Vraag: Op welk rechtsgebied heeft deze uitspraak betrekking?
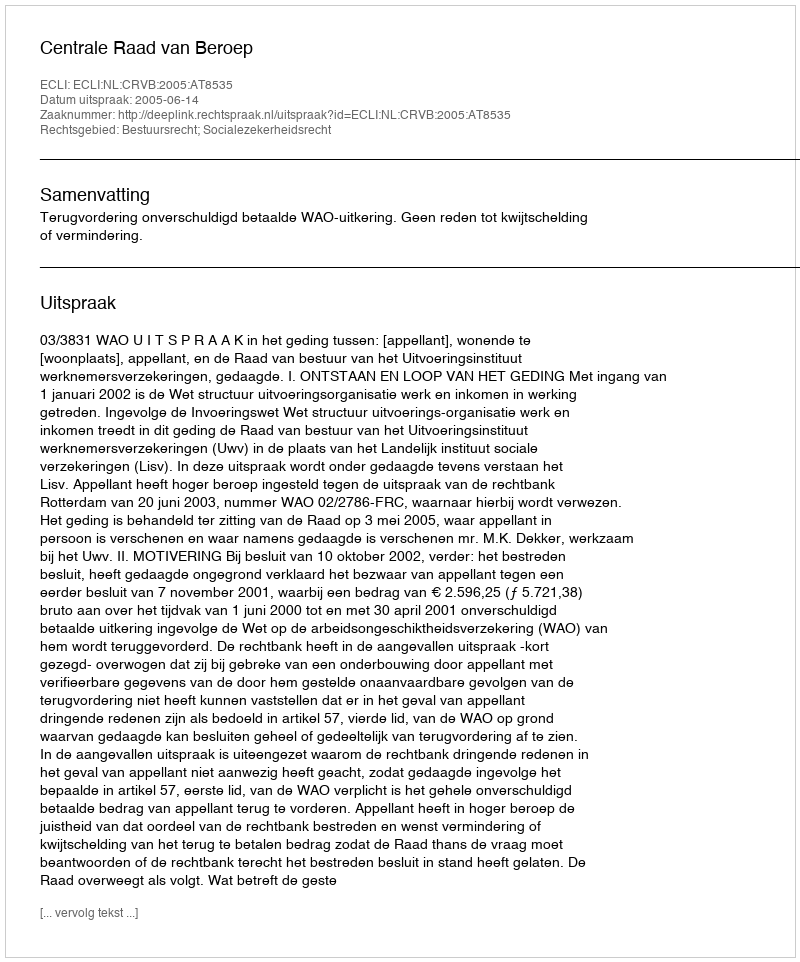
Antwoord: Bestuursrecht; Socialezekerheidsrecht